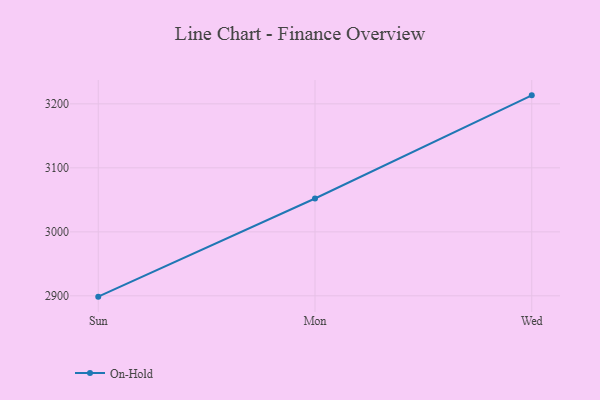
{"axis": {"x": "Day", "y": "Temperature (°C)"}, "legend": ["On-Hold"], "data": [{"x": "Sun", "y": 2898.7, "type": "On-Hold"}, {"x": "Mon", "y": 3052.1, "type": "On-Hold"}, {"x": "Wed", "y": 3213.3, "type": "On-Hold"}]}